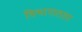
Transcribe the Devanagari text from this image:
विभागातला